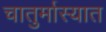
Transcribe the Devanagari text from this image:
चातुर्मास्यात